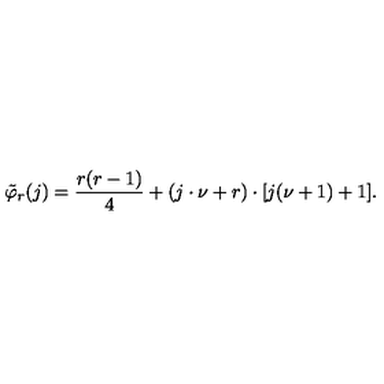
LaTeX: \tilde { \varphi } _ { r } ( j ) = \frac { r ( r - 1 ) } { 4 } + ( j \cdot \nu + r ) \cdot [ j ( \nu + 1 ) + 1 ] .